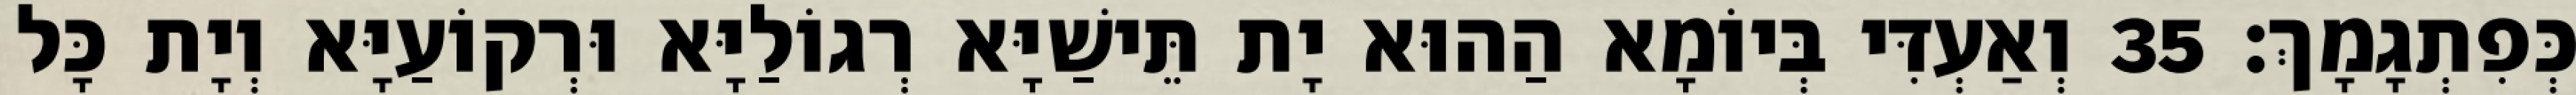
כְּפִתְגָמָךְ׃ 35 וְאַעְדִּי בְּיוֹמָא הַהוּא יָת תֵּישַׁיָּא רְגוֹלַיָּא וּרְקוֹעַיָּא וְיָת כָּל